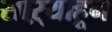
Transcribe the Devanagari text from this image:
साऱ्याहून